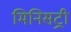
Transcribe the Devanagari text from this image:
मिनिसट्री